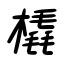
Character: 橇